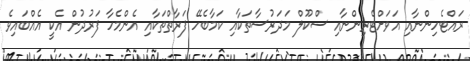
ރައްޓެހިންނާއި އަވަށްޓެރިންނާއި ސްކޫލް މަދަރުސާތަކާއި ކަމާބެހޭ ފަރާތްތަކާއި އެންމެހާ ފަރުދުން އެކީ އެއްބައިވެ